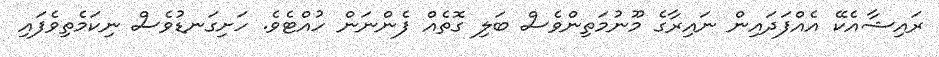
ރައިޝާއެކޭ އެއްފަދައިން ނައިރާގެ މޫނުމަތިންވެސް ބަލި ގޮތެއް ފެންނަން ހުއްޓެވެ. ހަށިގަނޑުވެސް ނިކަމެތިވެފައި